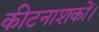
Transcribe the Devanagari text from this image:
कीटनाशकों।